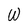
Character: W